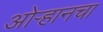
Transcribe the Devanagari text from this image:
ओऱ्हानचा